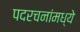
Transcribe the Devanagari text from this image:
पदरचनांमध्ये